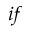
i f